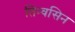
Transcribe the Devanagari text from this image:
तिन्वसिन